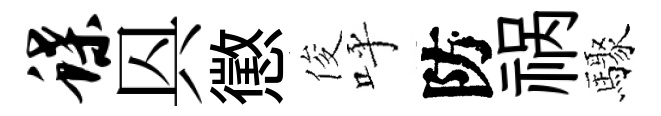
蝶㒷懲俊呼防祸驟